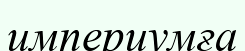
империумға